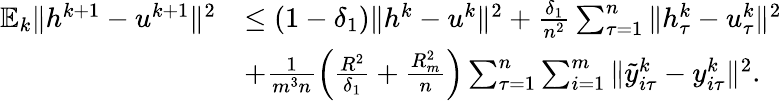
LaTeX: \begin{array}{rl}{\mathbb{E}_{k}\| h^{k+1}-u^{k+1}\| ^{2}}&{\leq\left(1-\delta_{1}\right)\| h^{k}-u^{k}\| ^{2}+\frac{\delta_{1}}{n^{2}}\sum_{\tau=1}^{n}\| h_{\tau}^{k}-u_{\tau}^{k}\| ^{2}}\\ &{+\frac{1}{m^{3}n}\left(\frac{R^{2}}{\delta_{1}}+\frac{R_{m}^{2}}{n}\right)\sum_{\tau=1}^{n}\sum_{i=1}^{m}\| {\tilde{y}}_{i\tau}^{k}-y_{i\tau}^{k}\| ^{2}.}\end{array}